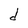
Character: d